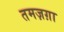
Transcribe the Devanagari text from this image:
तमज़ग़ा